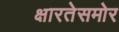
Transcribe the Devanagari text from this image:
क्षारतेसमोर